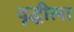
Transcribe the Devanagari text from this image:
वृद्धीला